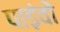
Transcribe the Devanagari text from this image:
पाड़ंवों